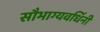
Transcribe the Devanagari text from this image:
सौभाग्यवर्धिनी